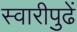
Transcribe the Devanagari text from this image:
स्वारीपुढें